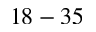
1 8 - 3 5